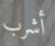
أشرب